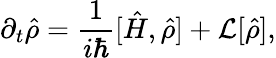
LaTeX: \partial_{t}\hat{\rho}=\frac{1}{i\hbar}[\hat{H},\hat{\rho}]+\mathcal{L}[\hat{\rho}],